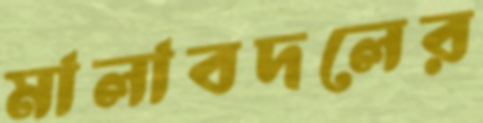
মালাবদলের